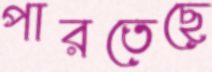
পারতেছে